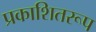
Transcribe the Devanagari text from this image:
प्रकाशितरूप